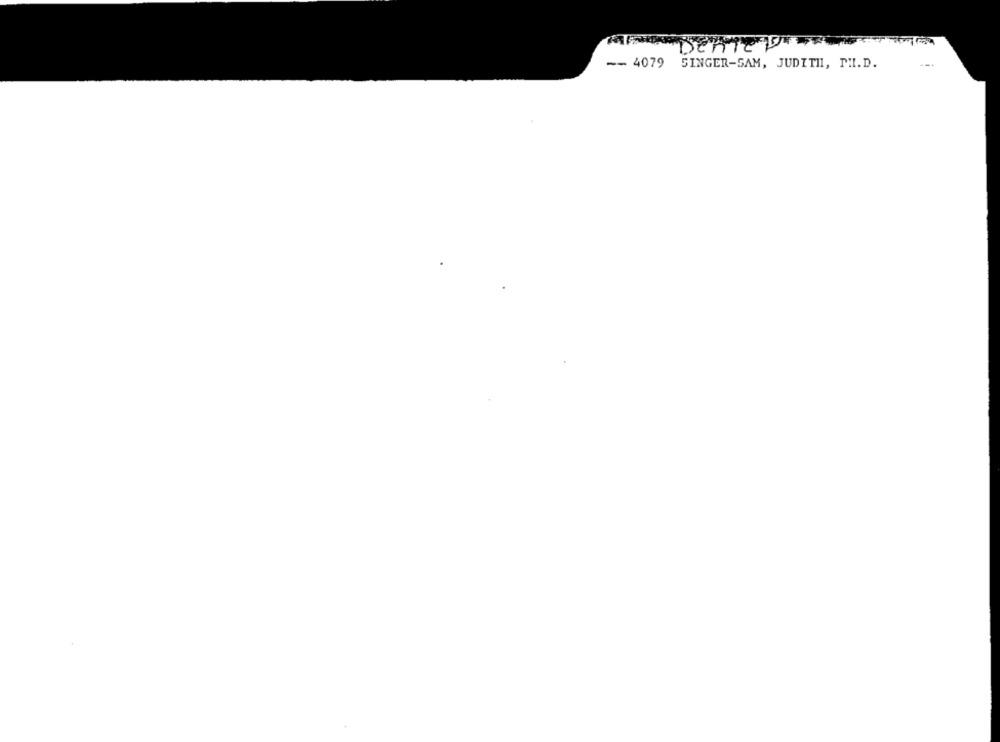
Denieve
-- 4079 SINGER-SAM, JUDITH, PH.D.